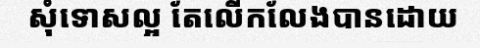
សុំទោសល្អ តែលើកលែងបានដោយ